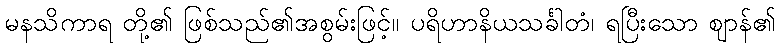
မနသိကာရ တို့၏ ဖြစ်သည်၏အစွမ်းဖြင့်။ ပရိဟာနိယသင်္ခါတံ၊ ရပြီးသော ဈာန်၏